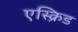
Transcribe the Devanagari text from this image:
एस्क्रिड